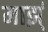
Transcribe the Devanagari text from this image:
माझ्ं